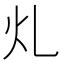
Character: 𭳿